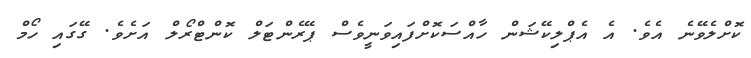
ކޮށްލެވޭނެ އެވެ. އެ އެޕްލިކޭޝަން ހާއްސަކޮށްފައިވަނީވެސް ޕޭރެންޓަލް ކޮންޓްރޯލް އަށެވެ. ގޭގައި ހޯމް